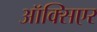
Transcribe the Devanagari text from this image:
ऑक्सिएर